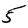
Digit: 5